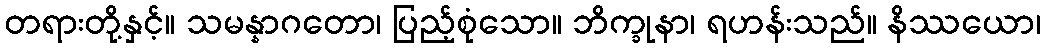
တရားတို့နှင့်။ သမန္နာဂတော၊ ပြည့်စုံသော။ ဘိက္ခုနာ၊ ရဟန်းသည်။ နိဿယော၊